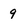
Character: 9